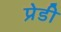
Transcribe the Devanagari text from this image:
प्रेडी